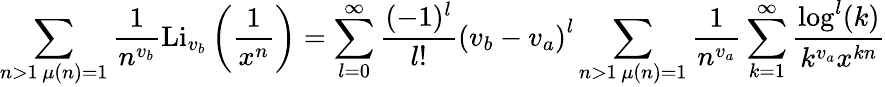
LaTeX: \sum_{\substack{n>1\, \mu(n)=1}}\frac{1}{n^{v_{b}}}\textnormal{Li}_{v_{b}}\left(\frac{1}{x^{n}}\right)=\sum_{l=0}^{\infty}\frac{(-1)^{l}}{l!}\left(v_{b}-v_{a}\right)^{l}\sum_{\substack{n>1\, \mu(n)=1}}\frac{1}{n^{v_{a}}}\sum_{k=1}^{\infty}\frac{\log^{l}(k)}{k^{v_{a}}x^{kn}}